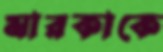
মারকাকে